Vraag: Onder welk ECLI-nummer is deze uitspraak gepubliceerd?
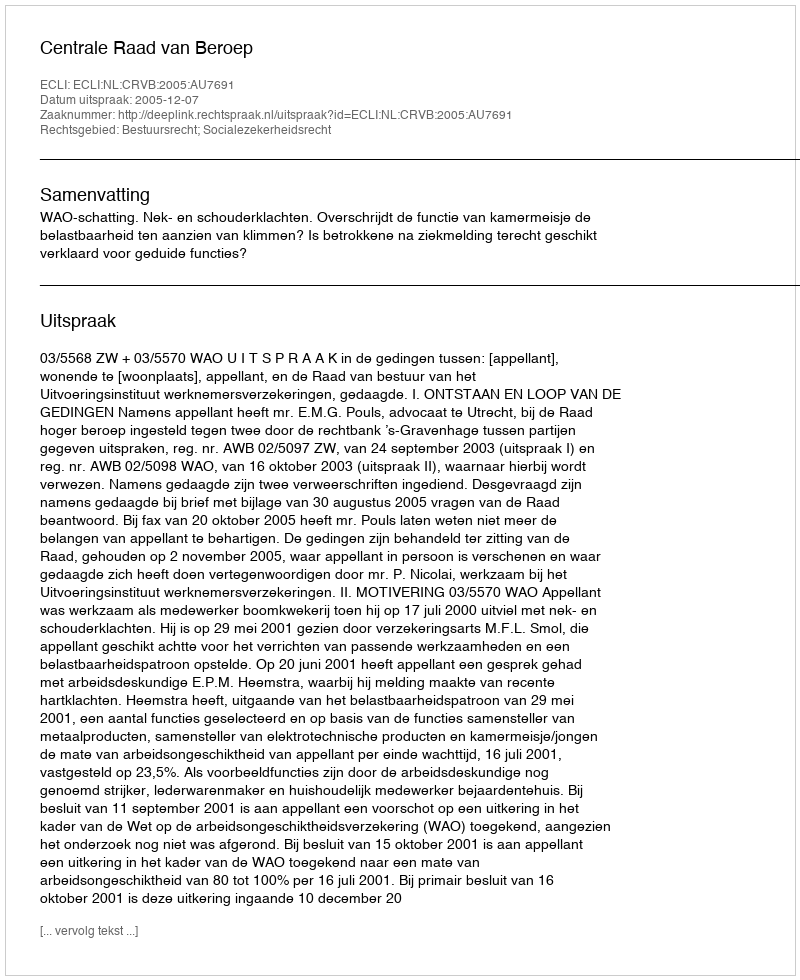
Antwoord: ECLI:NL:CRVB:2005:AU7691